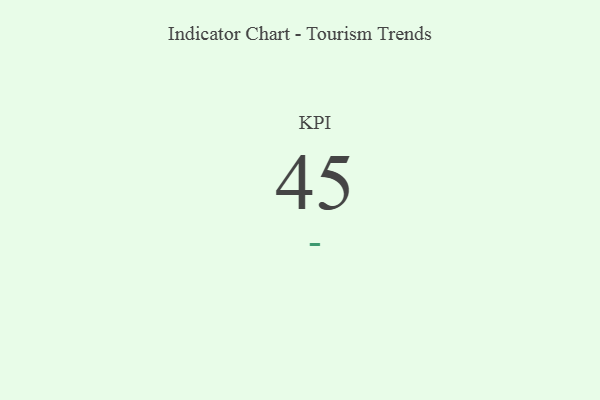
{"axis": {"x": "KPI", "y": "Value"}, "legend": [""], "data": [{"x": "KPI", "y": 45, "type": ""}]}